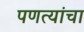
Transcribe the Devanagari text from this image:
पणत्यांचा